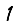
Digit: 1